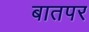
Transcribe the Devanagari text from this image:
बातपर